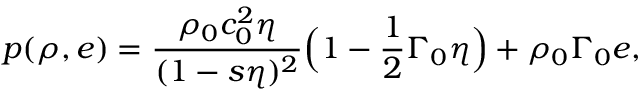
p ( \rho , e ) = \frac { \rho _ { 0 } c _ { 0 } ^ { 2 } \eta } { ( 1 - s \eta ) ^ { 2 } } \Big ( 1 - \frac { 1 } { 2 } \Gamma _ { 0 } \eta \Big ) + \rho _ { 0 } \Gamma _ { 0 } e ,